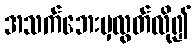
အသက်ဘေးမှလွတ်လို၍